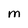
Character: M